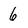
Character: 6